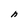
Character: n